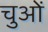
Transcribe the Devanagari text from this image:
चुओं